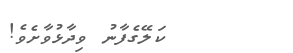
ކަލޭގެފާނު ވިދާޅުވާށެވެ!